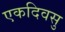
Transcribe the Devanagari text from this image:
एकदिवसु